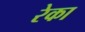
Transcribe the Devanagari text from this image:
रेका